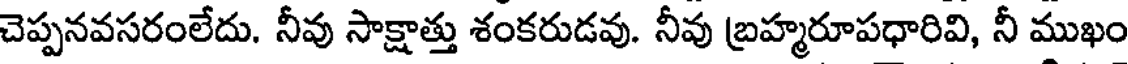
చెప్పనవసరంలేదు. నీవు సాక్షాత్తు శంకరుడవు. నీవు బ్రహ్మరూపధారివి, నీ ముఖం